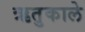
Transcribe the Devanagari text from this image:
ऋतुकाले